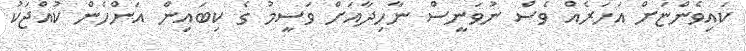
ކައިވެންޏަށް އަހަރެއް ވެސް ނުވަނީސް ނާހިދާއަށް ވަސީމު ގެ ކިބައިން އަންހެން ކުއްޖަކު